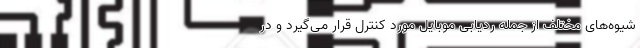
شیوه‌های مختلف از جمله ردیابی موبایل مورد کنترل قرار می‌گیرد و در